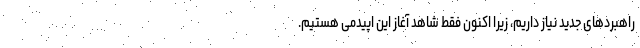
راهبردهای جدید نیاز داریم، زیرا اکنون فقط شاهد آغاز این اپیدمی هستیم.